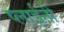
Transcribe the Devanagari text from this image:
प्लाईनी